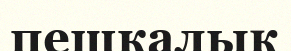
пешкалық